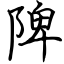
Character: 陴